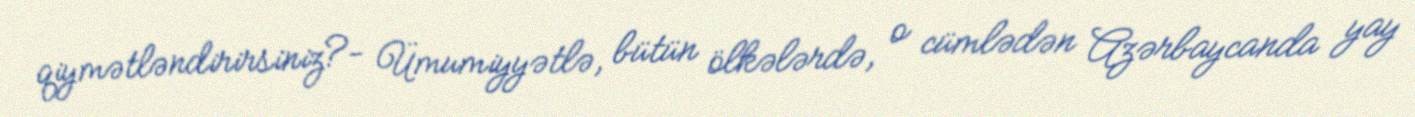
qiymətləndirirsiniz?- Ümumiyyətlə, bütün ölkələrdə, o cümlədən Azərbaycanda yay